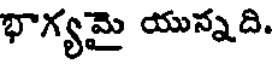
భాగ్యమై యున్నది.